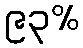
၉၃%